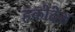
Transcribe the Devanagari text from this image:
हकोदेश